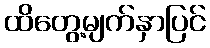
ထိတွေ့မျက်နှာပြင်